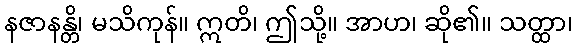
နဇာနန္တိ၊ မသိကုန်။ ဣတိ၊ ဤသို့။ အာဟ၊ ဆို၏။ သတ္ထာ၊